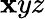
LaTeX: \mathbf{x}yz